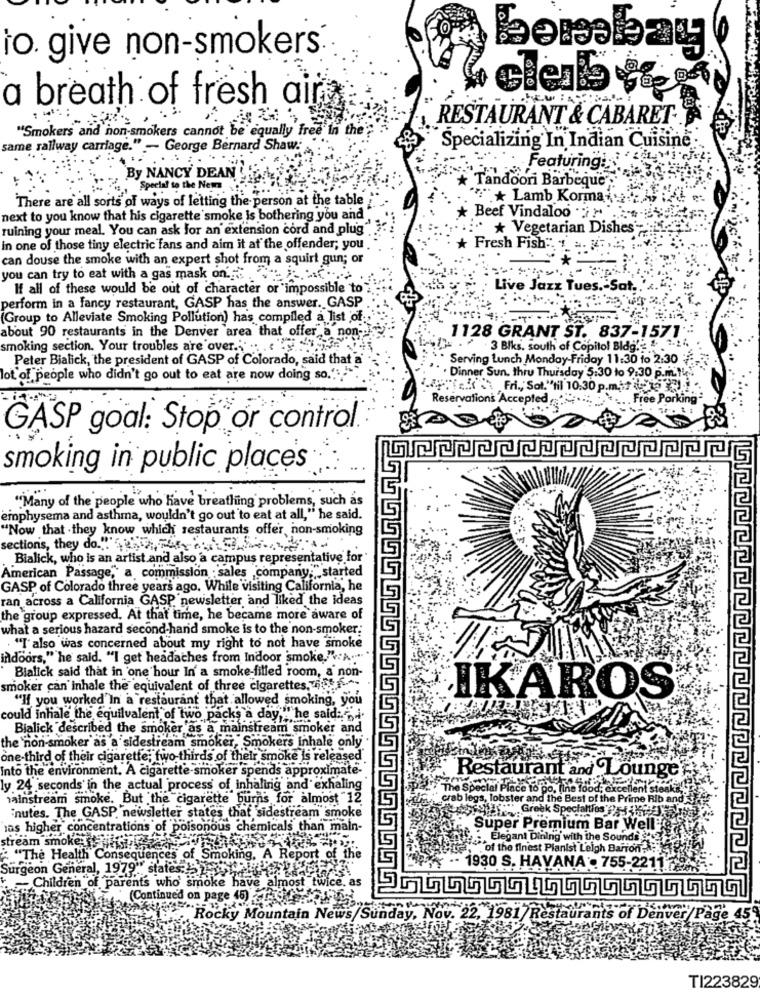
io. give non-smokers.
a breath of fresh aira
RESTAURANT & CABARET-
"Smokers and non-smokers cannot be equally free In the';"
Specializing In Indian Cuisine
same railway carriage." - George Bernard Shaw:
Featuring
By NANCY DEAN
* Tandoori Barbeque
Speelal to the New
There are all sorts of ways of letting the person at the table
"+ Lamb Korma
next to you know that his cigarette smoke Is bothering you and.
* Beef Vindaloo "i"
ruining your meal. You can ask for an extension cord and plug"
Vegetarian Dishes
In one of those tiny electric fans and aim it at the offender; you
Fresh Fish :. . .. . ..;
can douse the smoke with an expert shot from a squirt gun; or
you can try to eat with a gas mask on'
If all of these would be out of character or impossible to
Live Jazz Tues .- Sat;
perform in a fancy restaurant, GASP has the answer. GASP
(Group to Alleviate Smoking Pollution) has compiled a list of ..
about 90 restaurants in the Denver area that offer a non-
1128 GRANT ST. 837-1571
smoking section. Your troubles are over .. .. .. .
" 3 Blks. south of Copitol Bldg' & 2.2
Peter Bialick, the president of GASP of Colorado, said that a
Serving Lunch Monday-Friday 11:30 to 2:30
lot of people who didn't go out to eat are now doing so."" ""
" . Dinner Sun. thru Thursday 5:30 to 9:30 p.mL.14.
Fri ., Sot."til 10:30 p.m ., it - 72 2).
Reservations Accepted
Free Parking
GASP goal: Stop or control.
smoking in public places
"Many of the people who have breathing problems, such as
emphysema and asthma, wouldn't go out to eat at all," he said.
"Now that they know which restaurants offer, non-smoking
Bialick, who is an artist and also a campus representative for
American Passage, a commission sales company;" started
GASP of Colorado three years ago. While visiting California, he
ran across a California GASP, newsletter and liked the ideas
the group expressed. At that time, he became more aware of
what a serious hazard second-hand smoke is to the non-smoker.
. "T also was concerned about my right to not have smoke
indoors," he said. "I get headaches from Indoor smoke.":A
Blalick said that in 'one hour In' a smoke-filled room, a non-
smoker can inhale the equivalent of three cigarettes, 6 .... ^
"If you worked In a restaurant that allowed smoking, you
KAROS
could inhale the equilvalent of two packs a day," he
y."he said:i.
Bialick described the smoker as a mainstream smoker and
the non-smoker as a sidestream smoker, Smokers Inhale only
one-third of their cigarette; two-thirds of their smoke Is released
Into the environment. A cigarette smoker spends approximate-
Restaurant and Lounge
ly 24 seconds' in the actual process of inhaling and exhaling
The Special Place to go, fine food;
excellent
mainstream smoke. But the cigarette burns for almost 12
" crab legs, lobster and the Best of the Prime Rib and
Greek Specialties) -
inutes. The GASP, newsletter states that sidestream smoke
las higher concentrations of poisonous chemicals than main-
Super Premium Bar Welle
Elegant Dining with the Soundi
stream smoke RETOUR
"of the finest Planist Leigh Barron
: "The Health Consequences of Smoking, A Report of the
Surgeon General, 1979"" states?
1930 S. HAVANA . 755-221
Children of parents who' smoke have almost twice
as
(Continue'd on page 45) .
Rocky Mountain News/Sund
inday, Nov. 22, 1981/ Restaurants of Denver/Page 45
TI223829